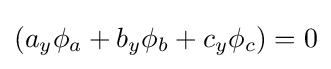
(a_{y}\phi _{a}+b_{y}\phi _{b}+c_{y}\phi _{c})=0